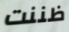
ظننت